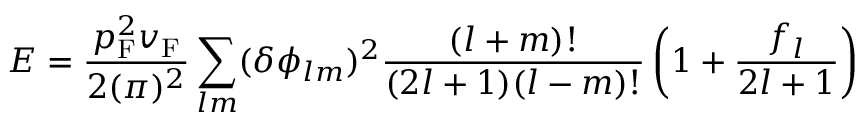
E = { \frac { p _ { \mathrm { { F } } } ^ { 2 } v _ { \mathrm { { F } } } } { 2 ( \pi ) ^ { 2 } } } \sum _ { l m } ( \delta \phi _ { l m } ) ^ { 2 } { \frac { ( l + m ) ! } { ( 2 l + 1 ) ( l - m ) ! } } \left( 1 + { \frac { f _ { l } } { 2 l + 1 } } \right)